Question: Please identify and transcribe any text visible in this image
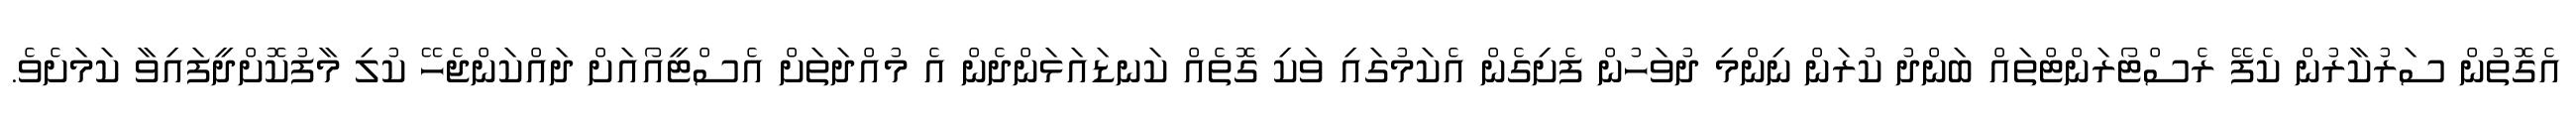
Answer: އެގޮތުން ސަރުކާރުން ކެފޭ ރެސްޓޯރަންޓްތައް ބަންދު ކުރަން ނިންމި ދުވަހުން ފެށިގެން އެކަމުގައި ވަކި ގޮތެއް ކަނޑައަޅަންދެން އެ މުއްދަތަށް އެސްޓީއޯއަށް ދައްކަންޖެހޭ ކުލި މާފުކޮށްދީފައިވާ ކަމަށެވެ.